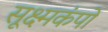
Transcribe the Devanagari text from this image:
सूक्ष्मकंपों